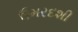
ઉમરદશી